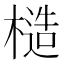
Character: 𪳤